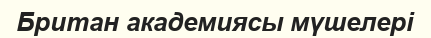
Британ академиясы мүшелері